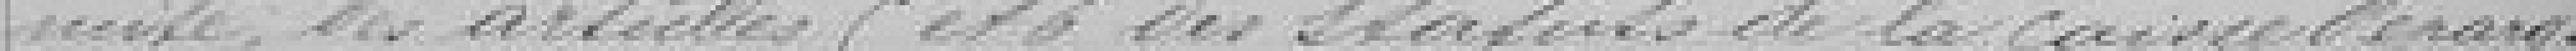
mité des articles 5 et 6 des statuts de la caisse d'épargne